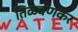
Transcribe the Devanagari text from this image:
तिळवणकर